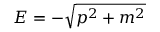
E = - { \sqrt { p ^ { 2 } + m ^ { 2 } } }